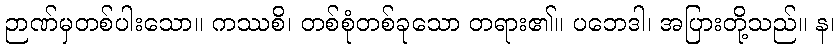
ဉာဏ်မှတစ်ပါးသော။ ကဿစိ၊ တစ်စုံတစ်ခုသော တရား၏။ ပဘေဒါ၊ အပြားတို့သည်။ န၊